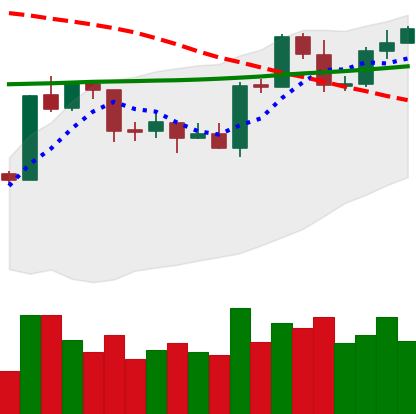
Ticker: ETH-USD
Chart end date: 2020-04-24
Forward return: 14.654%
Label: up_7plus